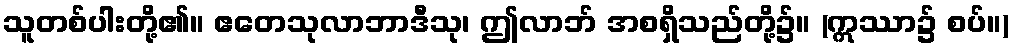
သူတစ်ပါးတို့၏။ ဧတေသုလာဘာဒီသု၊ ဤလာဘ် အစရှိသည်တို့၌။ (ဣဿာ၌ စပ်။)